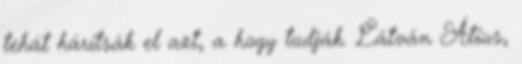
tehát hárítsák el azt, a hogy tudják. Látván Atius,